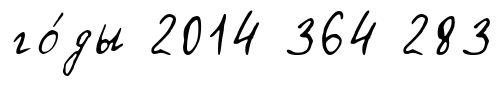
го́ды 2014 364 283